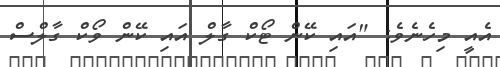
އެއީ މިހެނެވެ: "އައި ކޭން ޓޯކް ގާލް އައި ކޭން ވޯކް ގާލްސް